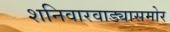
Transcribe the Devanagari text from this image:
शनिवारवाड्यासमोर